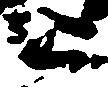
之